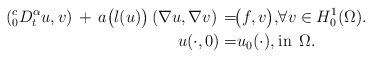
LaTeX: \begin{align*} (^{c}_{0}{D}^{\alpha}_{t}u, v ) \, + \, a\big(l(u)\big) \, (\nabla u, \nabla v) \, &=& \! \! \! \! \! \! \! \! \! \! \! \! \! \! \! \! \! \! \! \! \! \big(f, v\big), & \forall v \in H^1_0(\Omega).& \\ u(\cdot, 0) &=& \! \! \! \! \! \! \! \! \! \! \! \! \! \! \! \! \! \! \! \! u_0 (\cdot), \: &\mbox{in} \; \, \Omega. \quad&\end{align*}